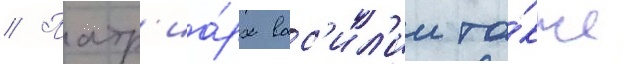
// Патр'иа́рх вас'ил'ии та́кже